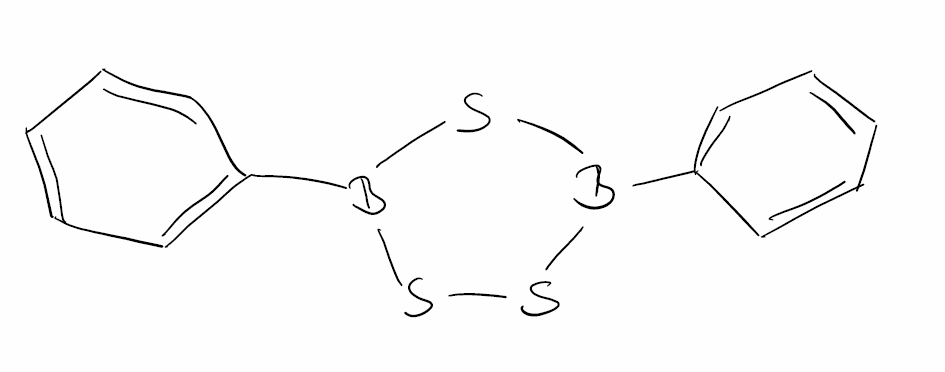
Simplified molecular-input line-entry system (SMILES) notation of the given molecule:
B1(SB(SS1)C2=CC=CC=C2)C3=CC=CC=C3